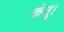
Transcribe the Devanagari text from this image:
कंतू।